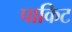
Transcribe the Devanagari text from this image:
पाकिट